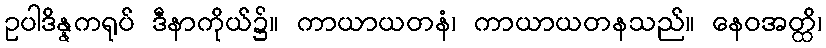
ဥပါဒိန္နကရုပ် ဒီနာကိုယ်၌။ ကာယာယတနံ၊ ကာယာယတနသည်။ နေဝအတ္ထိ၊